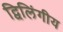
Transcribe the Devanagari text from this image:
द्विलिंगीय